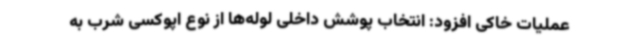
عملیات خاکی افزود: انتخاب پوشش داخلی لوله‌ها از نوع اپوکسی شرب به